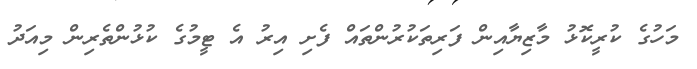
މަހުގެ ކުރީކޮޅު މާޒިޔާއިން ފަރިތަކުރުންތައް ފެށި އިރު އެ ޓީމުގެ ކުޅުންތެރިން މިއަދު